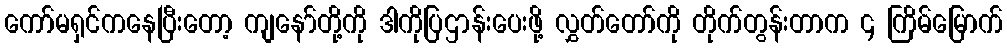
ကော်မရှင်ကနေပြီးတော့ ကျနော်တို့ကို ဒါကိုပြဌာန်းပေးဖို့ လွှတ်တော်ကို တိုက်တွန်းတာက ၄ ကြိမ်မြောက်